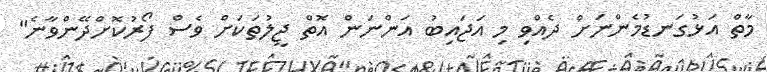
މާތް އަޅުގަނޑުމެންނަށް ދެއްވި މި އަޖައިބު އަންނަން އޮތް ޖީލުތަކަށް ވެސް ފޯރުކޮށްދޭންވާނެ"